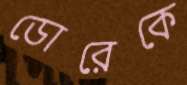
ডোরেকে